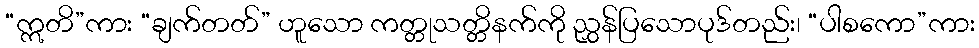
“ဣတိ”ကား “ချက်တတ်” ဟူသော ကတ္တုသတ္တိနက်ကို ညွှန်ပြသောပုဒ်တည်း၊ “ပါစကော”ကား